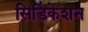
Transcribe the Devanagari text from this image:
सिडिंकेशन